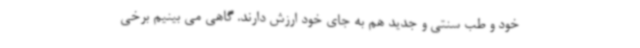
خود و طب سنتی و جدید هم به جای خود ارزش دارند. گاهی می بینیم برخی